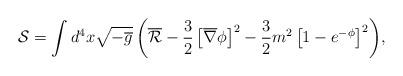
LaTeX: \begin{align*}\mathcal{S} = \int{d^{4}x \sqrt{-\overline{g}}\left(\overline{\mathcal{R}}-\frac{3}{2}\left[\overline{\nabla}\phi\right]^2-\frac{3}{2}m^{2}\left[1-e^{-\phi}\right]^2 \right)},\end{align*}